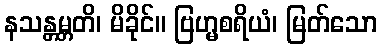
နသန္တမ္ဘတိ၊ မိခိုင်။ ဗြဟ္မစရိယံ၊ မြတ်သော